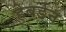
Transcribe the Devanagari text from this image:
हेबर्डन